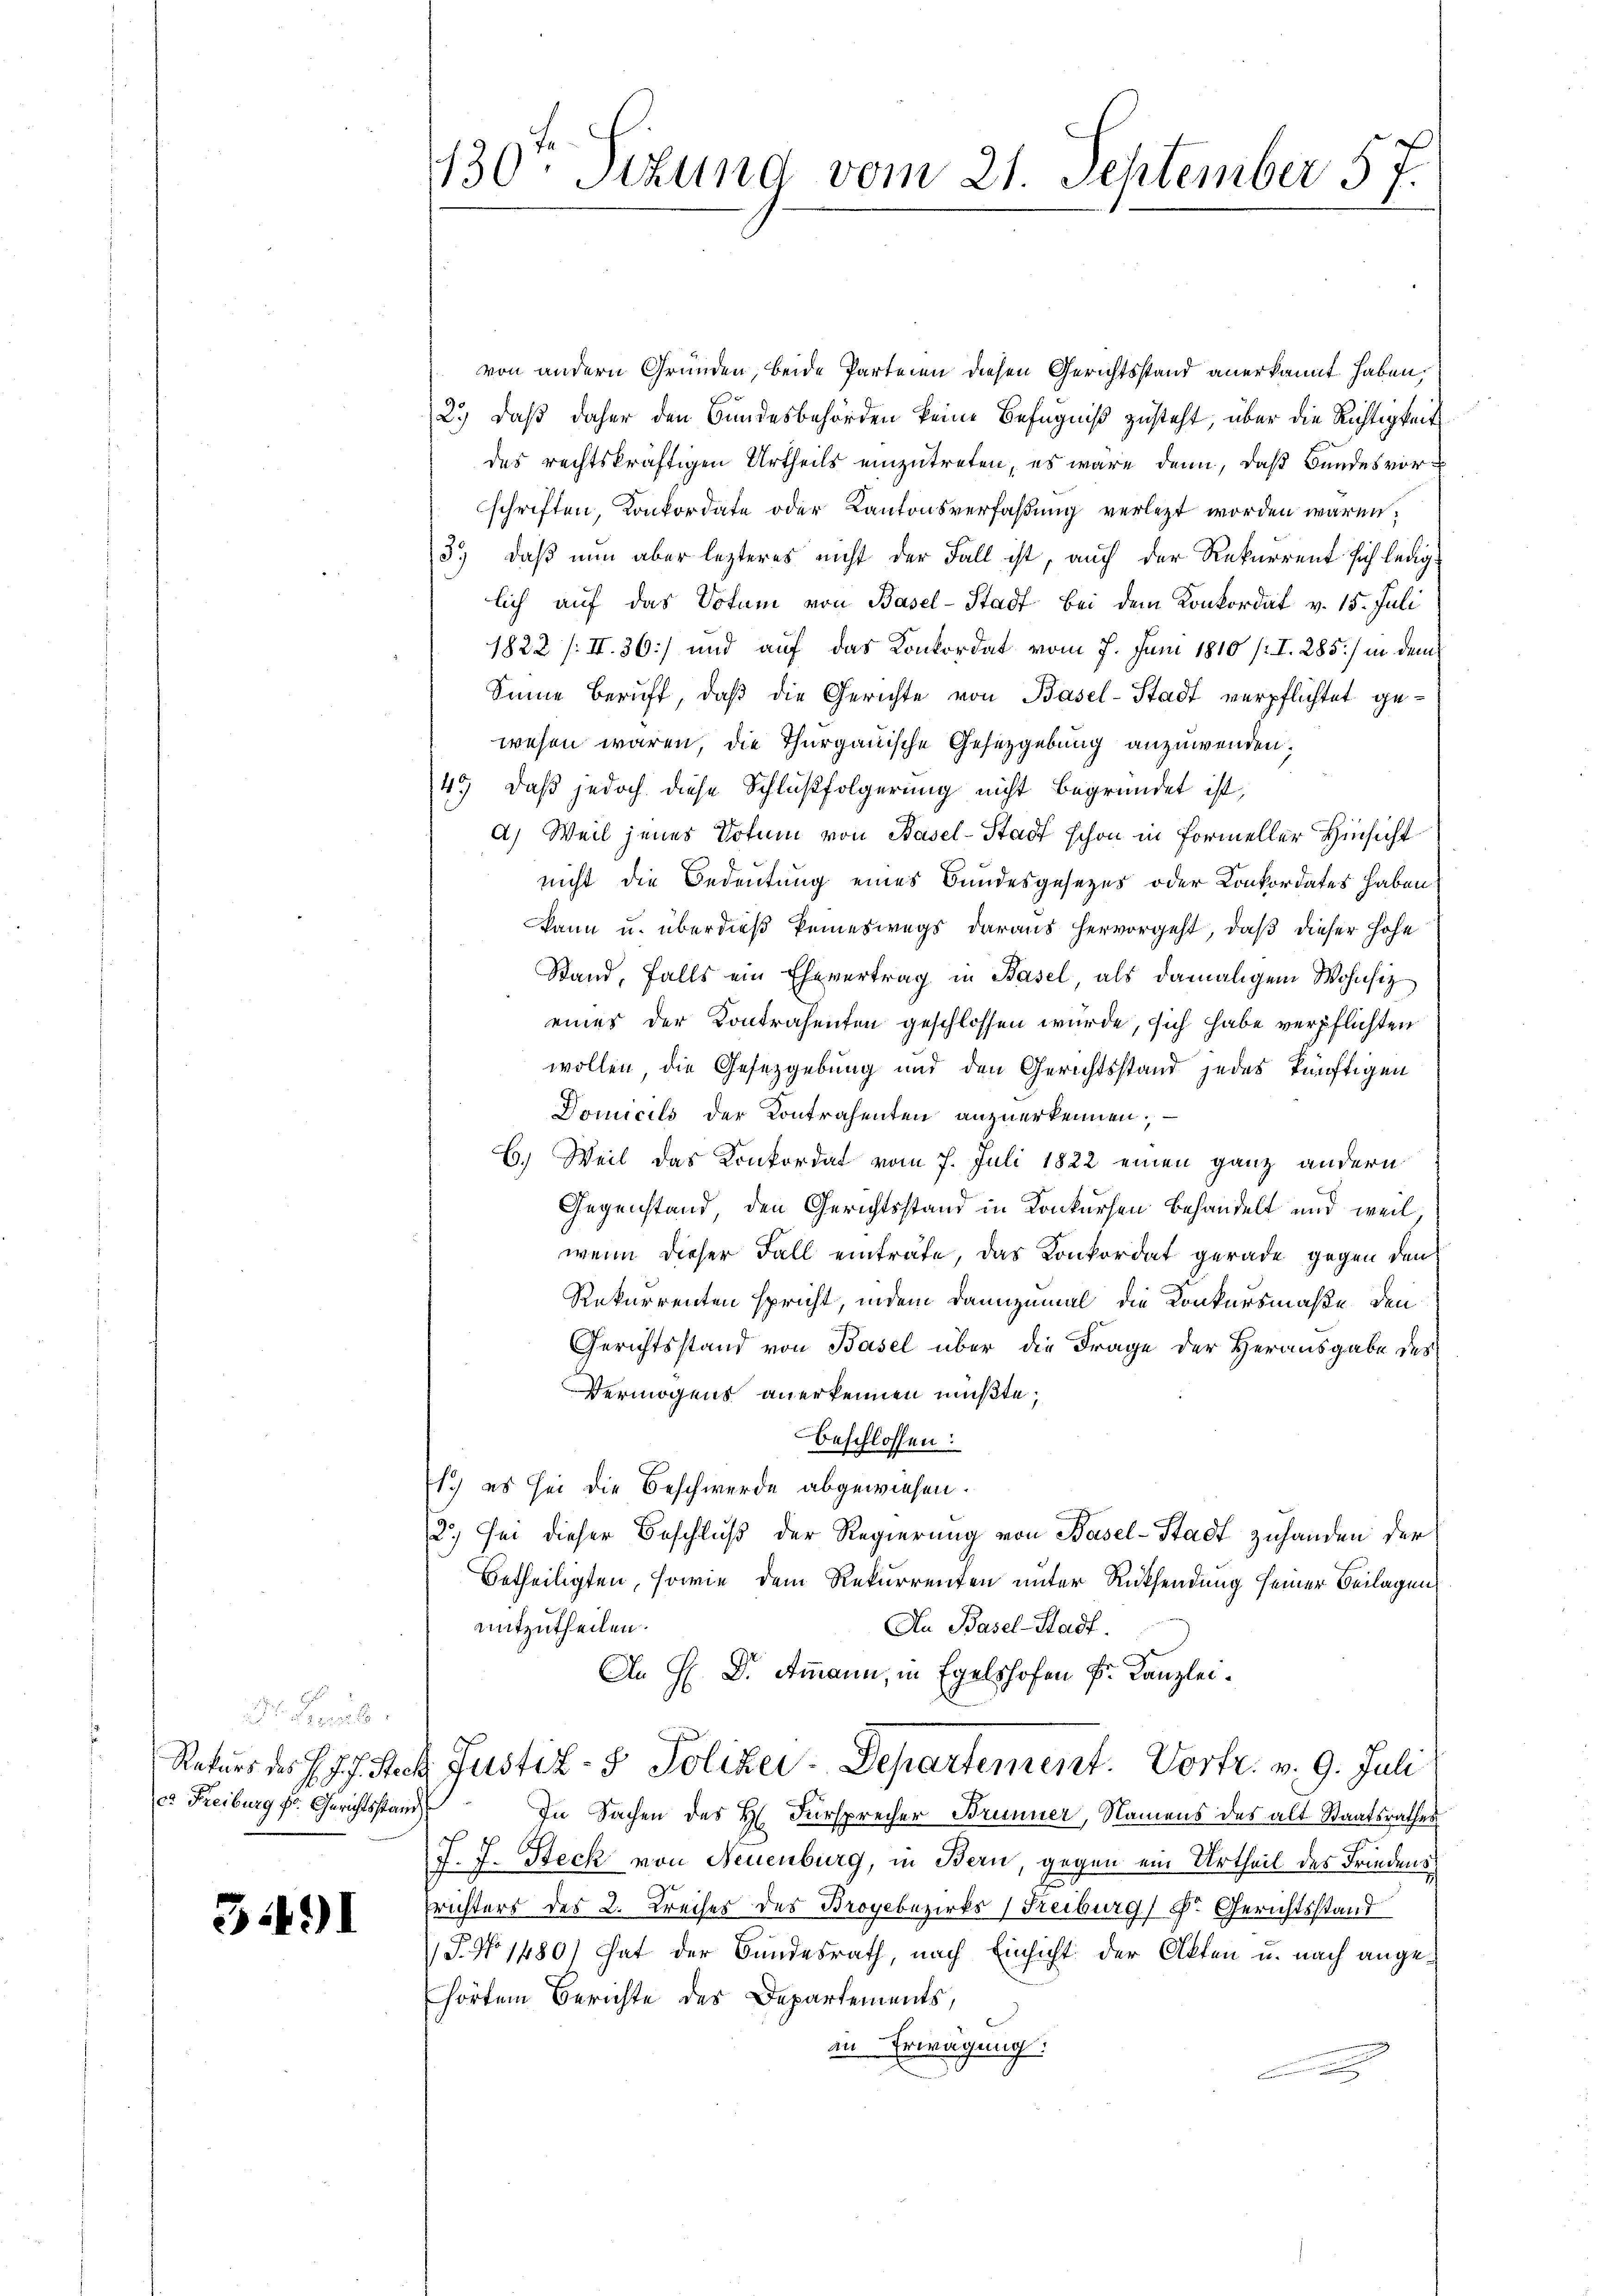
Paul
ca Freiburg z. Gerichtsstand

3491

130ten Sekund vom 21. September 57.

von andern Gründen, beide Parteien diesen Gerichtsstand anerkannt haben.
2.) Daß daher den Bundesbehörden keine Befugniß zusteht, über die Richtigkeit
des rechtskräftigen Urtheils einzutreten, es wäre dann, daß Bundesvorschriften, Konkordate oder Kantonsverfaßung verletzt worden wären,
3.) daß nun aber lezteres nicht der Fall ist, auch der Rekurrent sich lediglich auf das Votum von Basel-Stadt bei dem Konkordat v. 15. Juli
1822 /II.36] und auf das Konkordat vom 7. Juni 1810 /I. 285.) in dem
Sinne beruft, daβ die Gerichte von Basel-Stadt verpflichtet gewesen wären, die Thurgauische Gesetzgebung anzuwenden.
45) daß jedoch diese Schlußfolgerung nicht begründet ist,
a) Weil jenes Votum von Basel-Stadt schon in Formeller Hinsicht
nicht die Bedeutung eines Bundesgesetzes oder Konkordates haben
kann u. überdieß keineswegs daraus hervorgeht, daß dieser Hohe
Stand, falls ein Ehevertrag in Basel, als damaligem Wohnsiz
eines der Kontrahenten geschlossen wurde, sich habe verpflichten
wollen die Gesetzgebung und den Gerichtsstand jedes künftigen
Domicils der Kontrahenten anzuerkennen; —
C.) Weil das Konkordat vom 7. Juli 1822 einen ganz andern
Gegenstand, den Gerichtsstand in Konkursen behandelt und weil,
wenn dieser Fall einträte, das Konkordat gerade gegen den
Rekurrenten spricht, indem dannzumal die Konkursmaße den
Gerichtsstand von Basel über die Frage der Herausgabe des
Vermögens anerkennen mußte;
beschlossen:
s.) es sei die Beschwerde abgewiesen.
2.) Sei dieser Beschluß der Regierung von Basel-Stadt zuhanden der
betheiligten, sowie dem Rekurrenten unter Rücksendung seiner Beilagen
mitzutheilen.
An Basel-Stadt.
An H. Dr. Ammann, in Egelshofen Fr. Kanzlei.
Rekurs des J. J. J. Ster Justiz- & Polizei-Departement. Vortr. v. 9. Juli
In Sachen des H. Fürsprecher Brunner, Namens des alt Staatsrathes
J. J. Steck von Neuenburg, in Bern, gegen ein Urtheil des Friedens
frichters des 2. Kreises des Broyebezirks (Freiburg) Dr. Gerichtsstand
P. No 1480) hat der Bundesrath, nach Einsicht der Akten u. nach angehörtem Berichte des Departements,
in Erwägung: